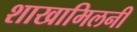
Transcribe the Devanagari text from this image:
शाखामिलनी